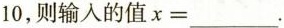
10，则输入的值x=___。